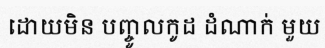
ដោយមិន បញ្ចូលកូដ ដំណាក់ មួយ